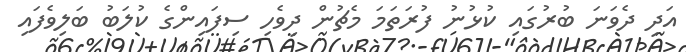
އަދި ދެވަނަ ބުރުގައި ކުޅުނު ފުރަތަމަ މެޗުން ދިވެހި ސިފައިންގެ ކުލަބު ބަލިވެފައި